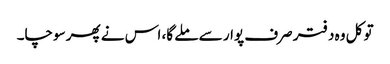
تو کل وہ دفتر صرف پوار سے ملے گا، اس نے پھر سوچا۔